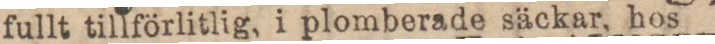
Kostnadsfri